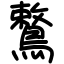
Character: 鷘